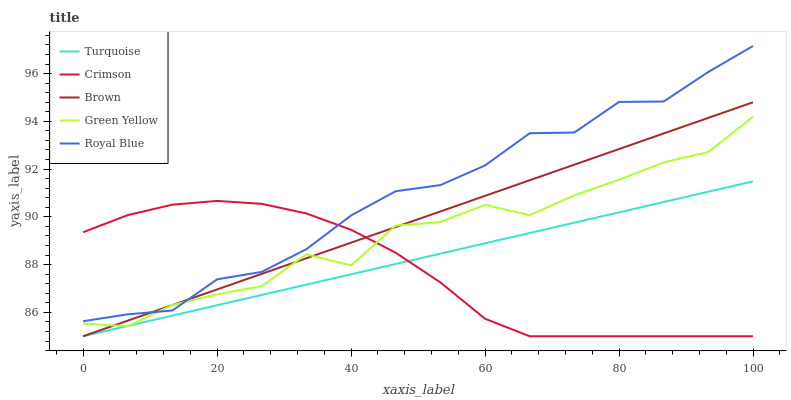
| xaxis_label | Turquoise | Crimson | Brown | Green Yellow | Royal Blue |
 | --- | --- | --- | --- | --- | --- |
 | 0 | 85 | 89.4 | 85 | 85.5 | 85.6 |
 | 6.67 | 85.4 | 90.1 | 85.7 | 85.4 | 85.9 |
 | 13.3 | 85.9 | 90.5 | 86.3 | 86.3 | 86.1 |
 | 20 | 86.3 | 90.7 | 87 | 86.8 | 87.4 |
 | 26.7 | 86.7 | 90.5 | 87.6 | 87.1 | 87.7 |
 | 33.3 | 87.2 | 90.1 | 88.3 | 88.4 | 88.6 |
 | 40 | 87.6 | 89.5 | 88.9 | 88 | 90.1 |
 | 46.7 | 88 | 88.5 | 89.6 | 89.6 | 91.1 |
 | 53.3 | 88.5 | 87.3 | 90.2 | 89.8 | 91.3 |
 | 60 | 88.9 | 85.7 | 90.9 | 90.5 | 92.2 |
 | 66.7 | 89.3 | 85 | 91.5 | 90.1 | 93.5 |
 | 73.3 | 89.8 | 85 | 92.2 | 90.9 | 93.5 |
 | 80 | 90.2 | 85 | 92.8 | 91.6 | 94.8 |
 | 86.7 | 90.6 | 85 | 93.5 | 92.3 | 94.8 |
 | 93.3 | 91.1 | 85 | 94.1 | 92.7 | 96.1 |
 | 100 | 91.5 | 85 | 94.8 | 94.2 | 97.2 |